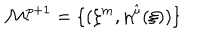
{ \cal M } ^ { p + 1 } = \{ ( \xi ^ { m } , \eta ^ { \hat { \mu } } ( \xi ) ) \}